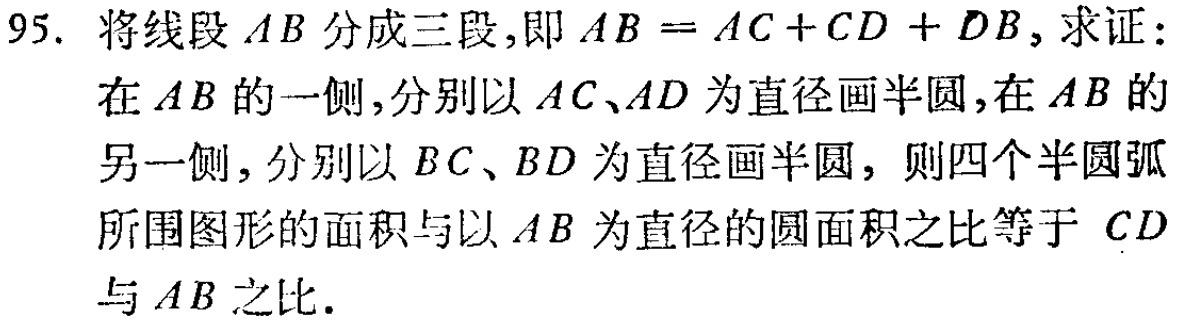
95. 将线段 \(AB\) 分成三段，即 \(AB = AC + CD + DB\)，求证：
在 \(AB\) 的一侧，分别以 \(AC、AD\) 为直径画半圆，在 \(AB\) 的另一侧，分别以 \(BC、BD\) 为直径画半圆，则四个半圆弧所围图形的面积与以 \(AB\) 为直径的圆面积之比等于 \(CD\) 与 \(AB\) 之比.